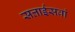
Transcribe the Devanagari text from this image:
सत्ताईसवां